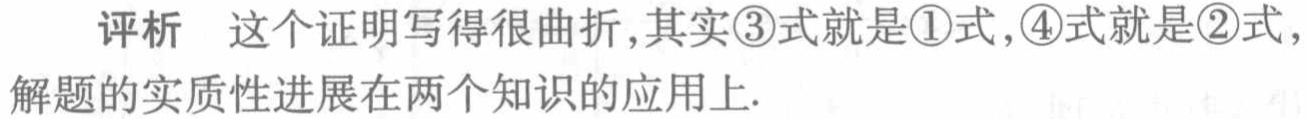
评析 这个证明写得很曲折,其实\textcircled{3}式就是\textcircled{1}式,\textcircled{4}式就是\textcircled{2}式,解题的实质性进展在两个知识的应用上.